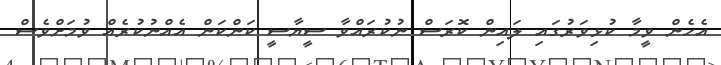
އެހެން ވީމާ ކުޅިވަރުގައި ލައިން ކޮރަސް ނުކުރައްވާ ސީޔާސީ ކަންކަން އެއްނުކުރެއް ވުމަށްވެސް